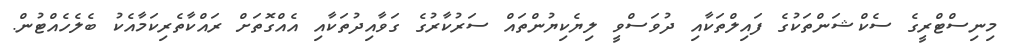
މިނިސްޓްރީގެ ސެކްޝަންތަކުގެ ފައިލްތަކާއި ދުވަސްވީ ލިޔެކިޔުންތައް ސަރުކާރުގެ ގަވާއިދުތަކާއި އެއްގޮތަށް ރައްކާތެރިކަމާއެކު ބެލެހެއްޓުން.